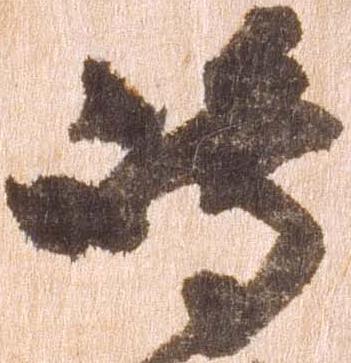
嶋